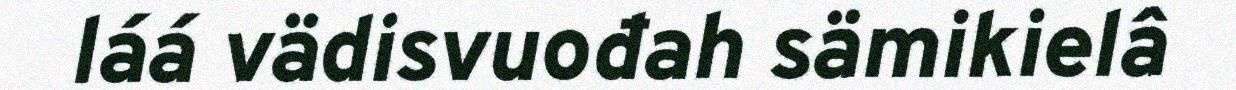
láá vädisvuođah sämikielâ